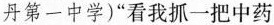
丹第一中学)”看我抓一把中药